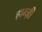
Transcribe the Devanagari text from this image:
हान्ज़ी